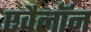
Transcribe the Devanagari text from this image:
एवैलॉन